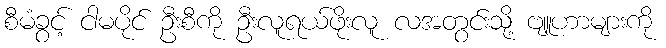
စီမံခွင့် ငါမပိုင် ဦးစီကို ဦးလူရယ်ဖိုးလူ လအတွင်းသို့ ဗျူဟာများကို